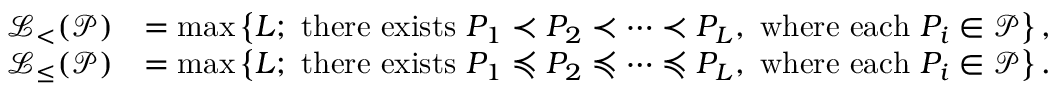
\begin{array} { r l } { \mathcal { L } _ { < } ( \mathcal { P } ) } & { = \operatorname* { m a x } \left\{ L ; \mathrm { ~ t h e r e ~ e x i s t s ~ } P _ { 1 } \prec P _ { 2 } \prec \dots \prec P _ { L } , \mathrm { ~ w h e r e ~ e a c h ~ } P _ { i } \in \mathcal { P } \right\} , } \\ { \mathcal { L } _ { \leq } ( \mathcal { P } ) } & { = \operatorname* { m a x } \left\{ L ; \mathrm { ~ t h e r e ~ e x i s t s ~ } P _ { 1 } \preccurlyeq P _ { 2 } \preccurlyeq \dots \preccurlyeq P _ { L } , \mathrm { ~ w h e r e ~ e a c h ~ } P _ { i } \in \mathcal { P } \right\} . } \end{array}